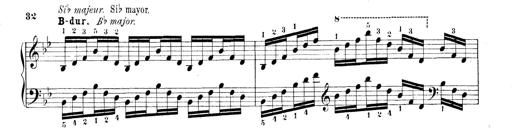
Title: Technische Studien
Composer: Franz Liszt